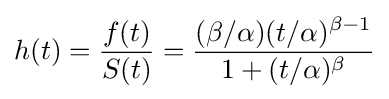
h(t)={\frac {f(t)}{S(t)}}={\frac {(\beta /\alpha )(t/\alpha )^{\beta -1}}{1+(t/\alpha )^{\beta }}}